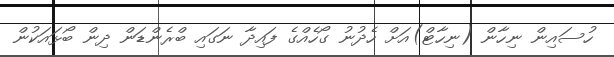
ހުސައިން ނިހާން (ނިހާޓް)އަށް ހެދުނު ގޯހެއްގެ ފައިދާ ނަގައި ބްރެންޑަން ދިން ބޯޅައަކުން